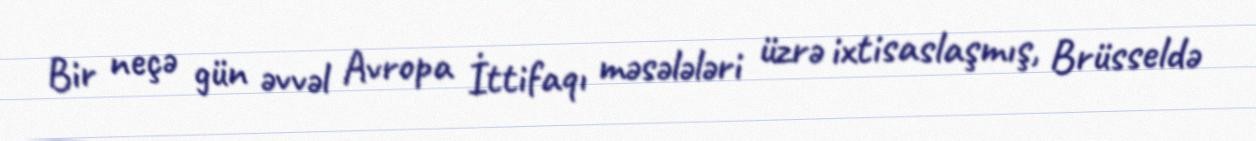
Bir neçə gün əvvəl Avropa İttifaqı məsələləri üzrə ixtisaslaşmış, Brüsseldə